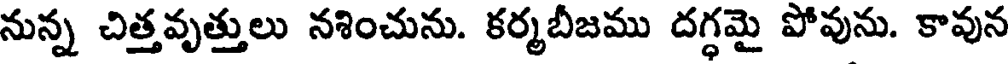
నున్న చిత్తవృత్తులు నశించును. కర్మబీజము దగ్ధమై పోవును. కావున